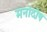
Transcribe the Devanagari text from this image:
मनोदोष